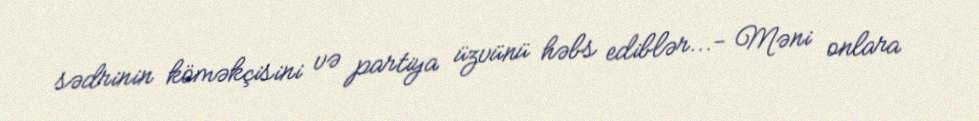
sədrinin köməkçisini və partiya üzvünü həbs ediblər...- Məni onlara